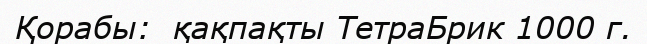
Қорабы:  қақпақты ТетраБрик 1000 г.